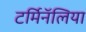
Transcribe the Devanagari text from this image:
टर्मिनॅलिया